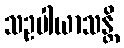
သဥပါယာသန္တိ